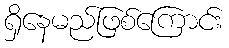
ရှိနေမည်ဖြစ်ကြောင်း